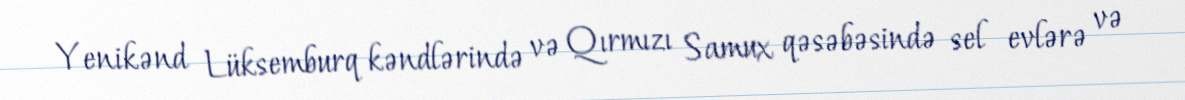
Yenikənd Lüksemburq kəndlərində və Qırmızı Samux qəsəbəsində sel evlərə və